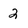
Character: 2